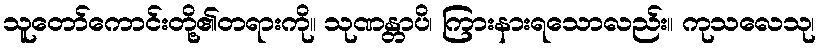
သူတော်ကောင်းတို့၏တရားကို။ သုဏန္တာပိ၊ ကြားနားရသောလည်း။ ကုသလေသု၊